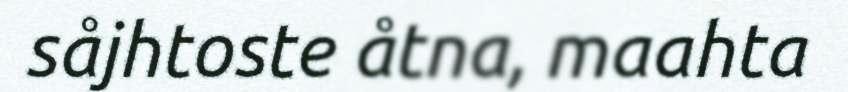
såjhtoste åtna, maahta